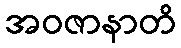
အဝဇာနာတိ